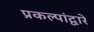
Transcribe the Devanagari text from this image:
प्रकल्पांद्वारे